system: You are a helpful assistant.
user:
Analyze the provided spectrum to determine if it is a **Carbon Star (C-type)**.

- **Key Visual Indicators of Carbon Star:**
    - **(Primary):** Strong molecular absorption from **C₂ (diatomic carbon) "Swan Bands."** This is the **defining feature** of a carbon star.
        - **(Key Bandheads):** Sharp absorption edges are visible at approximately $5635$ Å, $5165$ Å (the strongest band), and $4737$ Å.
        - **(Line Profile):** Creates a distinct **"saw-tooth"** pattern. The key morphology is a sharp, steep bandhead on the **red (long-wavelength) side**, which then gradually tapers off (i.e., flux recovers) towards the **blue (short-wavelength) side**. *(This is the direct opposite of the TiO bands seen in M-type stars)*.

    - **(Secondary):** Intense **CN (cyanogen)** molecular absorption bands.
        - **(Key Bandheads):** Located in the blue and violet regions of the spectrum (e.g., near $4215$ Å and $3883$ Å).
        - **(Morphology):** These bands are extremely broad and act as a "blanket," absorbing the vast majority of blue and violet light. This creates a characteristic **"cliff"** or **"steep drop-off"** in the spectrum's flux at short wavelengths.

    - **(Key Confirmation):** Strong **CH absorption band (G-band)**.
        - **(Key Bandhead):** Located around $4300$ Å. The contribution from CH molecules to this band is exceptionally strong.

    - **(Overall Spectrum):**
        - The continuum is severely "chopped up" by these deep molecular bands, especially C₂, rather than appearing as a smooth curve.
        - Due to the heavy CN and C₂ absorption in the blue-green, the vast majority of the star's flux is concentrated in the red part of the spectrum, giving the star its characteristic deep red color.

Think first, call **spectral_visualization_tool** if needed to examine features in detail, then provide your final answer. Your response must adhere to the following strict rules:
1.  **Overall Structure:** Your response must follow the format `<think>...</think> <tool_call>...</tool_call> (if a tool is used) <answer>...</answer>`.
2.  **Tool Usage Constraint:** You may only make **one** tool call per turn.
3.  **Final Answer Format:** In the `<answer>` tag, your conclusion must be inside a `\boxed{}` command (e.g., `\boxed{YES}`), followed by your justification.

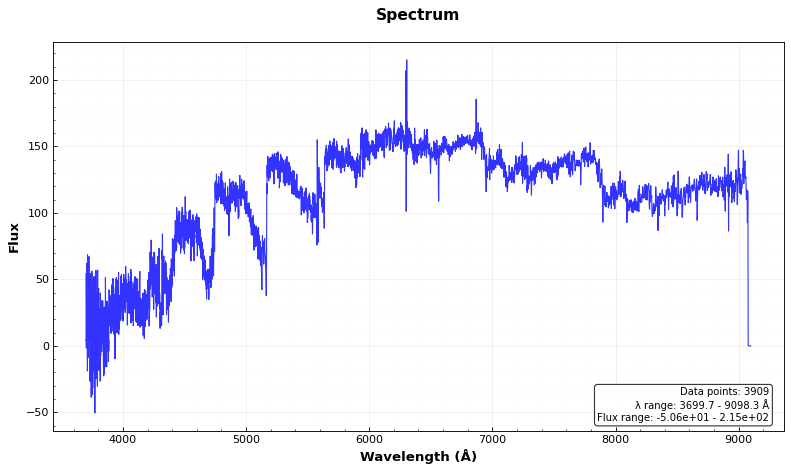
Answer: YES